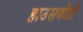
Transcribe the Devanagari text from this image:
हाउसबोटों